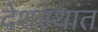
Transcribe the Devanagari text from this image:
देशस्थांत